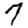
Digit: 7